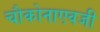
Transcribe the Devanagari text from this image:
चौकोनाएवजी